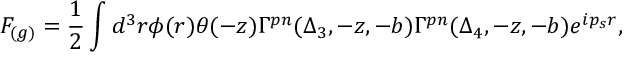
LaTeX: F _ { ( g ) } = { \frac { 1 } { 2 } } \int d ^ { 3 } r \phi ( r ) \theta ( - z ) \Gamma ^ { p n } ( \Delta _ { 3 } , - z , - b ) \Gamma ^ { p n } ( \Delta _ { 4 } , - z , - b ) e ^ { i p _ { s } r } ,